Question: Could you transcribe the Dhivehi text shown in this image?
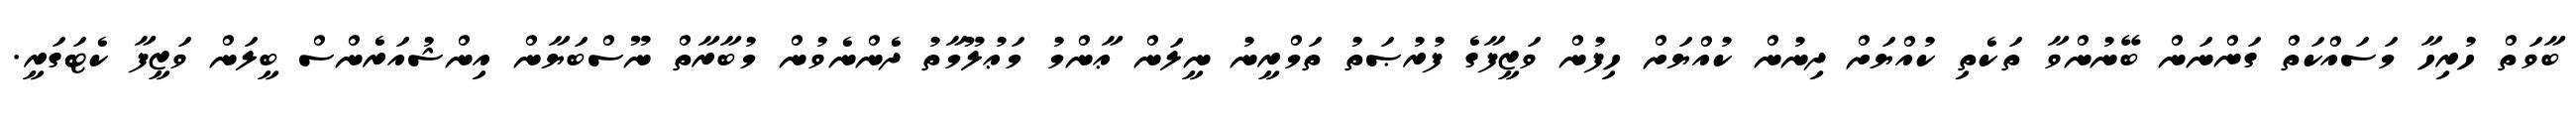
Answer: ބާވަތް ހުރިހާ މަސައްކަތް ގަންނަން ބޭނުންވާ ތަކެތި ކުއްޔަށް ދިނުން ކުއްޔަށް ހިފުން ވަޒީފާގެ ފުރުޞަތު ތަމްރީނު ނީލަން ޢާންމު މަޢުލޫމާތު ދެންނެވުން މުބާރާތް ނޫސްބަޔާން އިންޝުއަރެންސް ބީލަން ވަޒީފާ ކެޓަގަރީ.